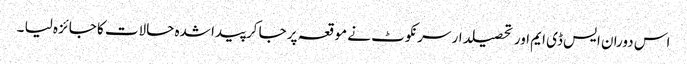
اس دوران ایس ڈی ایم اور تحصیلدار سرنکوٹ نے موقعہ پر جا کرپیدا شدہ حالات کا جائزہ لیا ۔